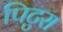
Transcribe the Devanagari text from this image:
पिटुरा